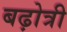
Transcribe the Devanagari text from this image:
बढ़ोत्री